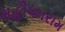
મહીપતરામ